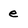
Character: e